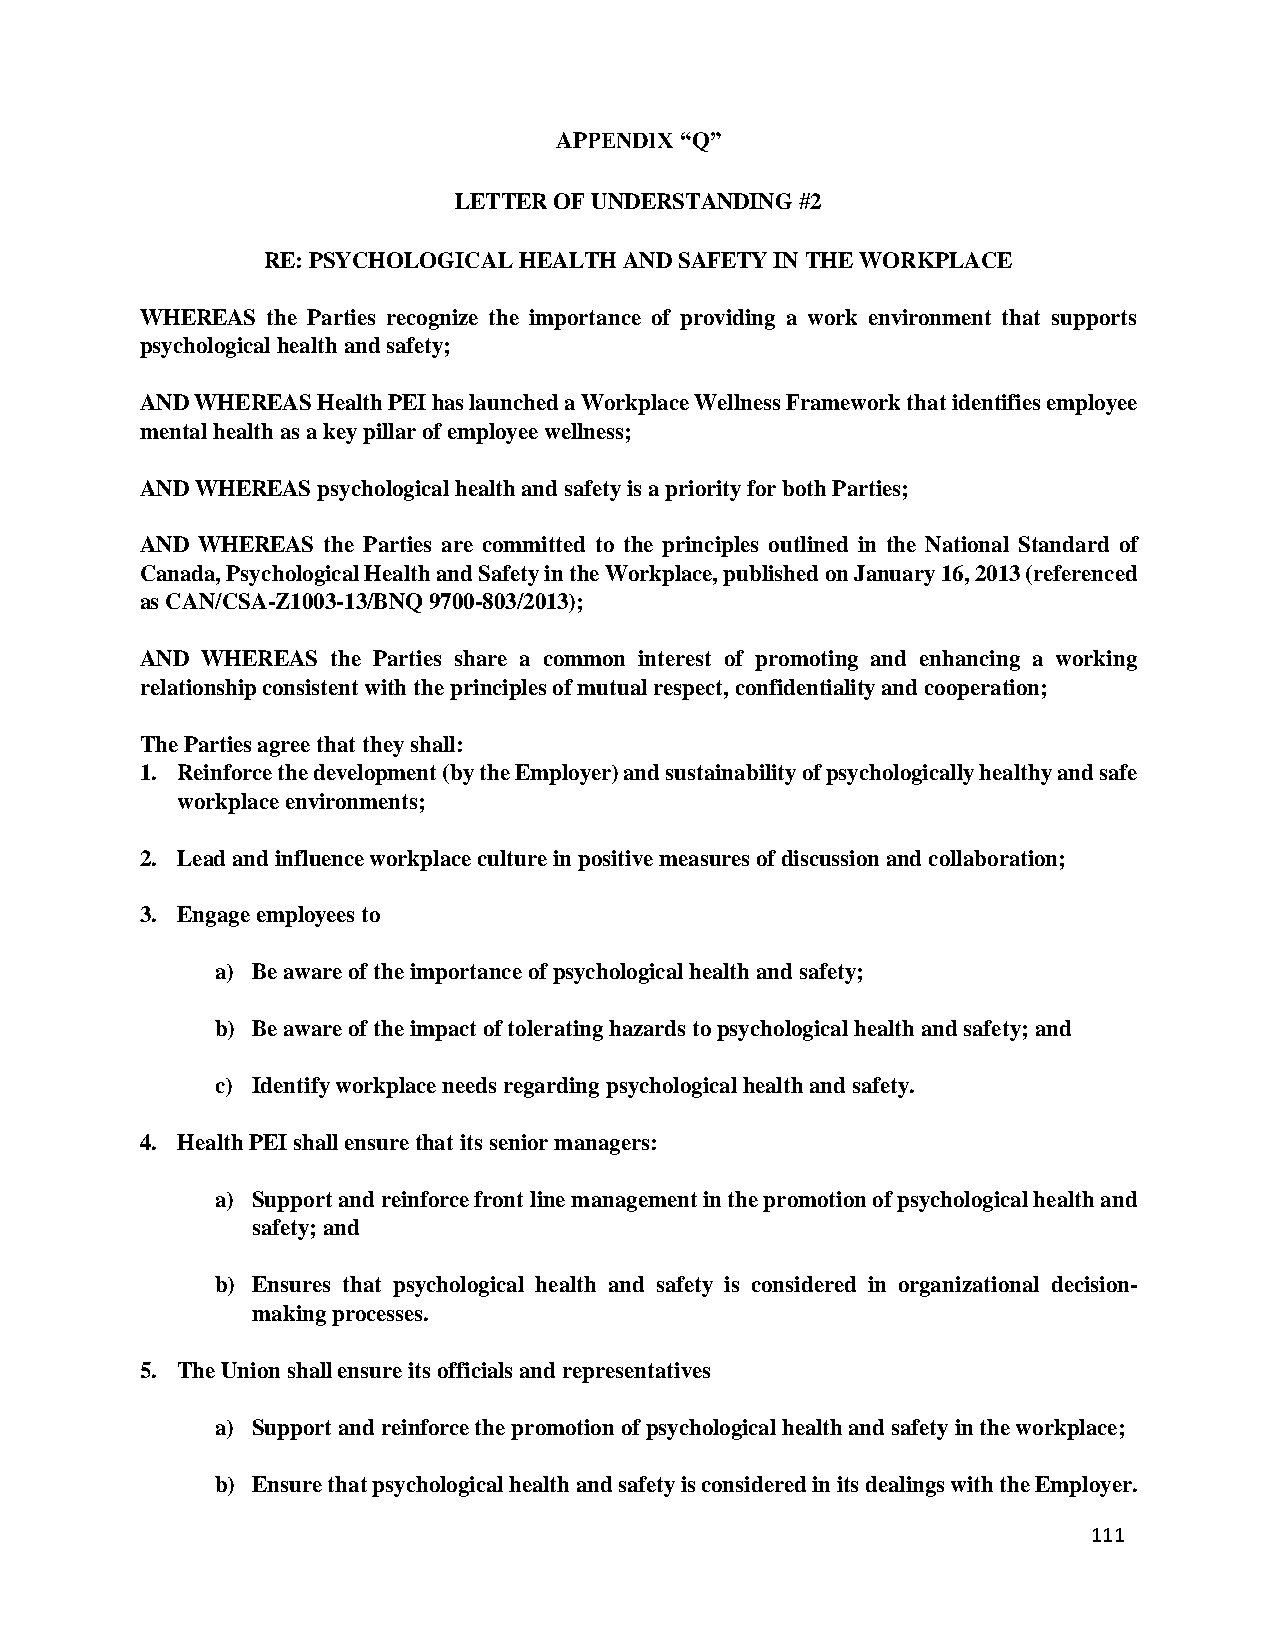
APPENDIX “Q”
 LETTER OF UNDERSTANDING #2
 RE: PSYCHOLOGICAL HEALTH AND SAFETY IN THE WORKPLACE
 WHEREAS  the Parties recognize the importance of providing a work environment that supports
 psychological health and safety;
 AND WHEREAS Health PEI has launched a Workplace Wellness Framework that identifies employee
 mental health as a key pillar of employee wellness;
 AND WHEREAS psychological health and safety is a priority for both Parties;
 AND WHEREAS the Parties are committed to the principles outlined in the National Standard of
 Canada, Psychological Health and Safety in the Workplace, published on January 16, 2013 (referenced
 as CAN/CSA-Z1003-13/BNQ 9700-803/2013);
 AND WHEREAS  the Parties share a common interest of promoting and enhancing a working
 relationship consistent with the principles of mutual respect, confidentiality and cooperation;
 The Parties agree that they shall:
 1. Reinforce the development (by the Employer) and sustainability of psychologically healthy and safe
 workplace environments;
 2. Lead and influence workplace culture in positive measures of discussion and collaboration;
 3. Engage employees to
 a) Be aware of the importance of psychological health and safety;
 b) Be aware of the impact of tolerating hazards to psychological health and safety; and
 c) Identify workplace needs regarding psychological health and safety.
 4. Health PEI shall ensure that its senior managers:
 a) Support and reinforce front line management in the promotion of psychological health and
 safety; and
 b) Ensures that psychological health and safety is considered in organizational decision-
 making processes.
 5. The Union shall ensure its officials and representatives
 a) Support and reinforce the promotion of psychological health and safety in the workplace;
 b) Ensure that psychological health and safety is considered in its dealings with the Employer.
 111